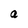
Character: a